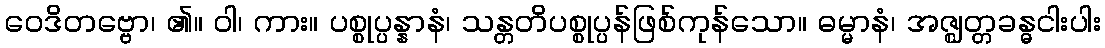
ဝေဒိတဗ္ဗော၊ ၏။ ဝါ၊ ကား။ ပစ္စုပ္ပန္နာနံ၊ သန္တတိပစ္စုပ္ပန်ဖြစ်ကုန်သော။ ဓမ္မာနံ၊ အဇ္ဈတ္တခန္ဓငါးပါး